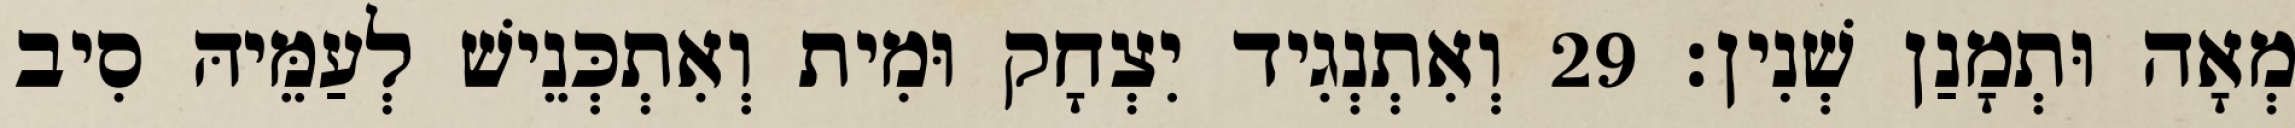
מְאָה וּתְמָנַן שְׁנִין׃ 29 וְאִתְנְגִיד יִצְחָק וּמִית וְאִתְכְּנֵישׁ לְעַמֵּיהּ סִיב